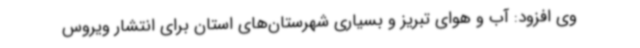
وی افزود: آب و هوای تبریز و بسیاری شهرستان‌های استان برای انتشار ویروس